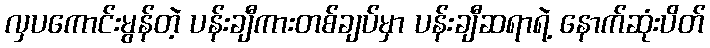
လှပကောင်းမွန်တဲ့ ပန်းချီကားတစ်ချပ်မှာ ပန်းချီဆရာရဲ့ နောက်ဆုံးပိတ်